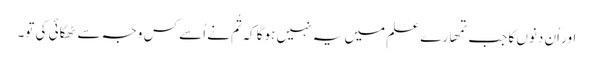
اور اُن دنوں کا جب تمھارے علم میں یہ نہیں ہوگا کہ تُم نے اُسے کس وجہ سے ٹھکائی کی تو۔